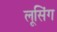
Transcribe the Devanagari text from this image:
लूसिंग